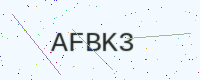
Text: AFBK3